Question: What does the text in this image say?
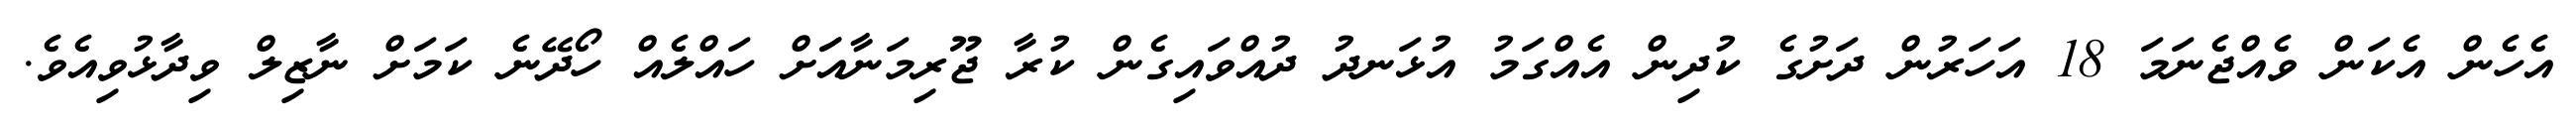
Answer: އެހެން އެކަން ވެއްޖެނަމަ 18 އަހަރުން ދަށުގެ ކުދިން އެއްގަމު އުޅަނދު ދުއްވައިގެން ކުރާ ޖޫރިމަނާއަަށް ހައްލެއް ހޯދޭނެ ކަމަށް ނާޒިލް ވިދާޅުވިއެވެ.